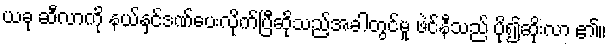
ယခု ဆီလာကို နယ်နှင်ဒဏ်ပေးလိုက်ပြီဆိုသည့်အခါတွင်မူ ဖဲင်နီသည် ပို၍ဆိုးလာ ၏။